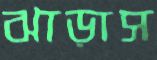
ঝাড়াস